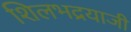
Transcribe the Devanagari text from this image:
शिलभद्रयाजी